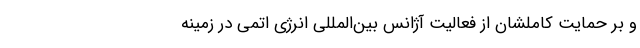
و بر حمایت کاملشان از فعالیت آژانس بین‌المللی انرژی اتمی در زمینه